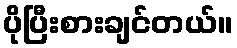
ပိုပြီးစားချင်တယ်။